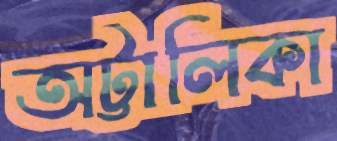
অট্টালিকা